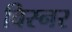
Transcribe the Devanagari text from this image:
विस्नर